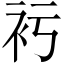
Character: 𧘚